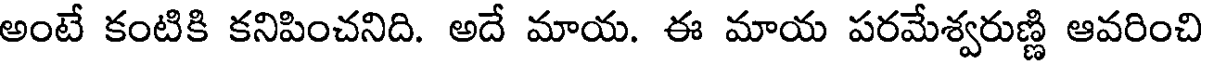
అంటే కంటికి కనిపించనిది. అదే మాయ. ఈ మాయ పరమేశ్వరుణ్ణి ఆవరించి